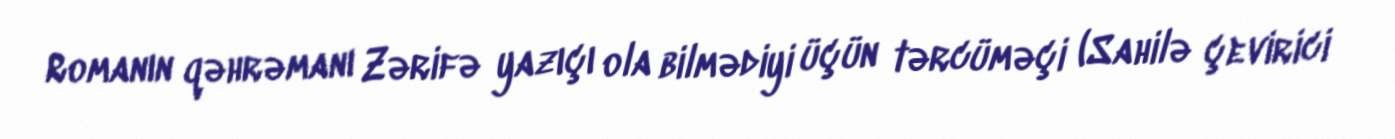
Romanın qəhrəmanı Zərifə yazıçı ola bilmədiyi üçün tərcüməçi (Sahilə çevirici